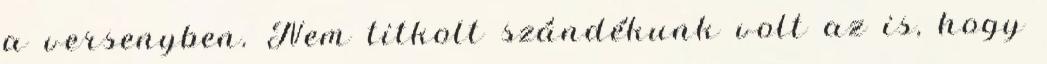
a versenyben. Nem titkolt szándékunk volt az is, hogy